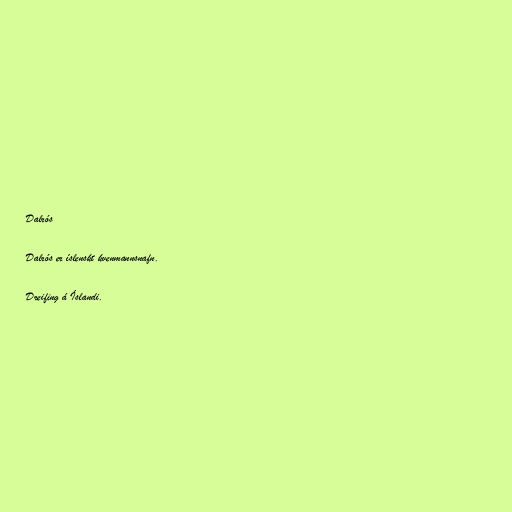
Dalrós

Dalrós er íslenskt kvenmannsnafn.

Dreifing á Íslandi.